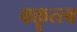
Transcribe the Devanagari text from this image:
वक्तॄत्त्व